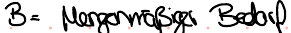
B = Mengenmäßiger Bedarf